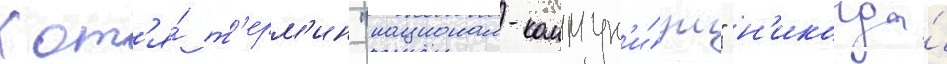
Хот'я́ т'ерм'ин "национал-коммун'и́зм" н'икогда́